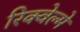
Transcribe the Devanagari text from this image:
रिक्वेल्मे